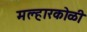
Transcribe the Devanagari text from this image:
मल्हारकोळी